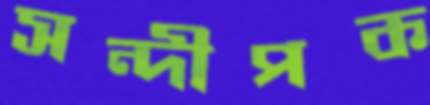
সন্দীপক